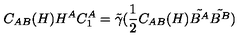
C _ { A B } ( H ) H ^ { A } C _ { 1 } ^ { A } = \tilde { \gamma } ( \frac { 1 } { 2 } C _ { A B } ( H ) \tilde { B ^ { A } } \tilde { B ^ { B } } )